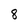
Character: 8